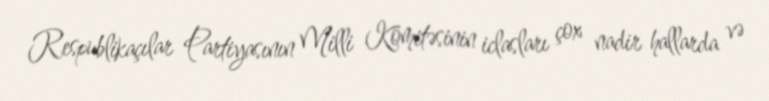
Respublikaçılar Partiyasının Milli Komitəsinin iclasları çox nadir hallarda və